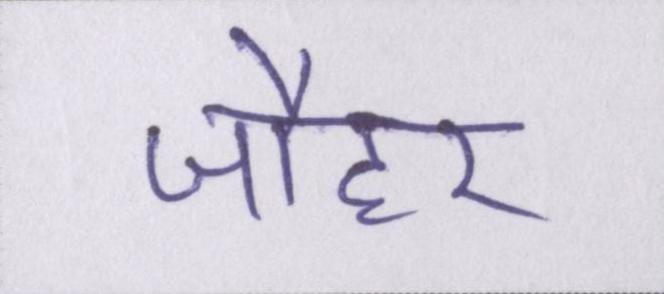
जौहर